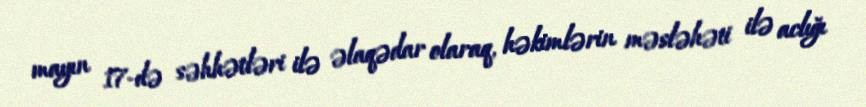
mayın 17-də səhhətləri ilə əlaqədar olaraq, həkimlərin məsləhəti ilə aclığı